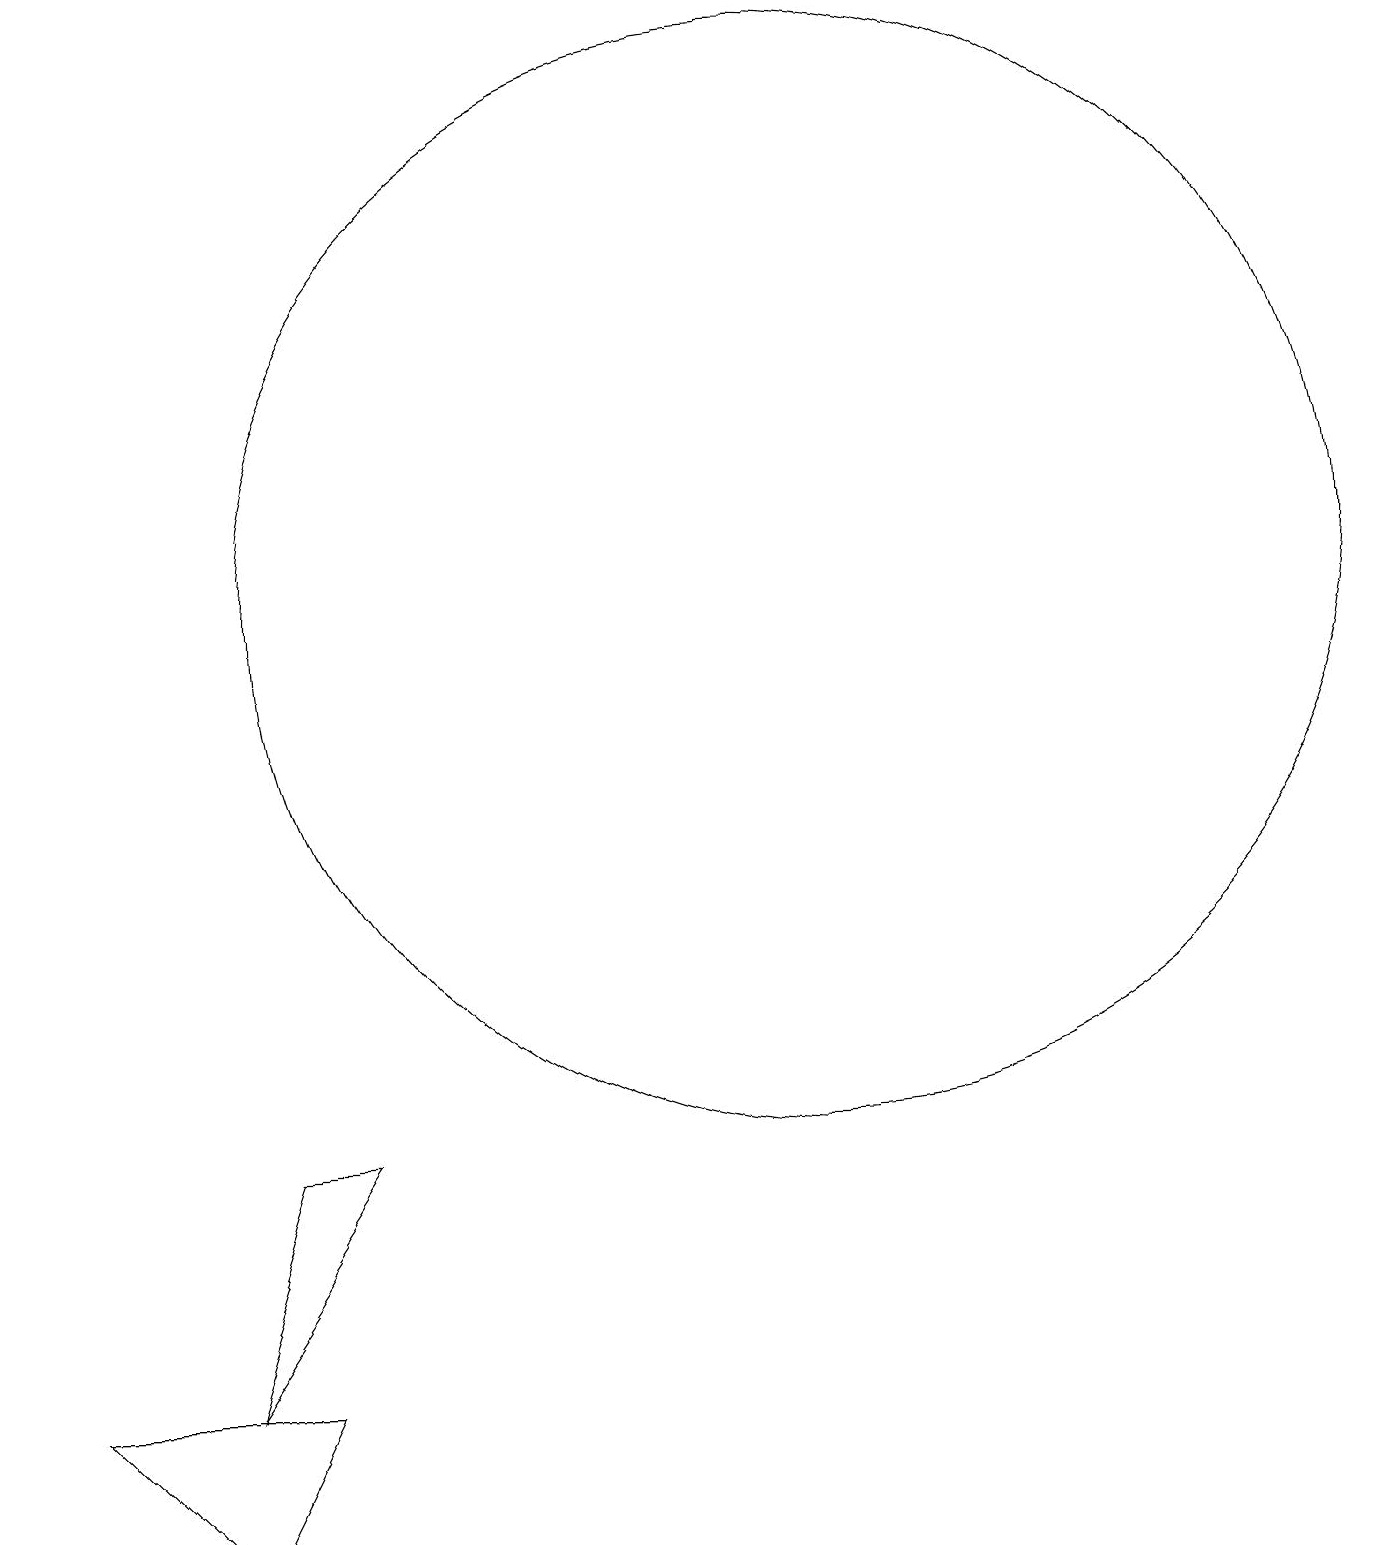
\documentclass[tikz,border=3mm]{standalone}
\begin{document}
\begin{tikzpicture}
\draw (4,5) -- (2,2) -- (3,5) -- cycle;
\draw (0,2) -- (2,0) -- (3,2) -- cycle;
\draw (10,12) circle (7);
\draw[->] (0,18) -- (0,15);
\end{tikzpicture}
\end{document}